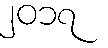
၂၀၁၇